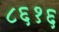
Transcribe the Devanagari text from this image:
८६१६